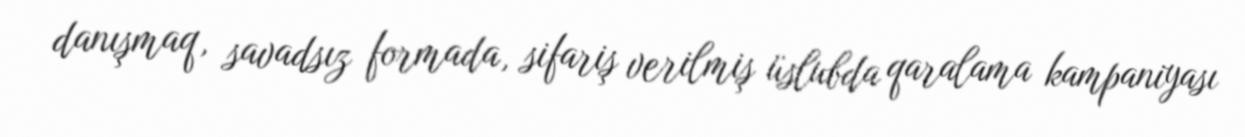
danışmaq, savadsız formada, sifariş verilmiş üslubda qaralama kampaniyası